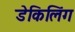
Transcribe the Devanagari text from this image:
डेकिलिंग